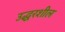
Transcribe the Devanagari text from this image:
उद्धरशील